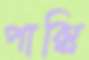
পাক্কি